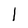
Character: 1